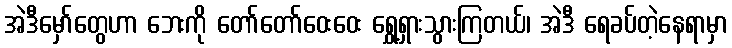
အဲဒီမှော်တွေဟာ ဘေးကို တော်တော်ဝေးဝေး ရွှေ့ရှားသွားကြတယ်၊ အဲဒီ ရေခပ်တဲ့နေရာမှာ